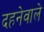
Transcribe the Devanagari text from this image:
दहनेवाले